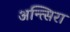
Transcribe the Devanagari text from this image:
अन्त्सिरा